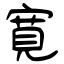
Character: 寛